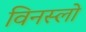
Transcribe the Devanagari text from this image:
विनस्‍लो